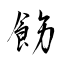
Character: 飭